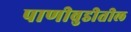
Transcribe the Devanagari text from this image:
पाणीबुडीतील